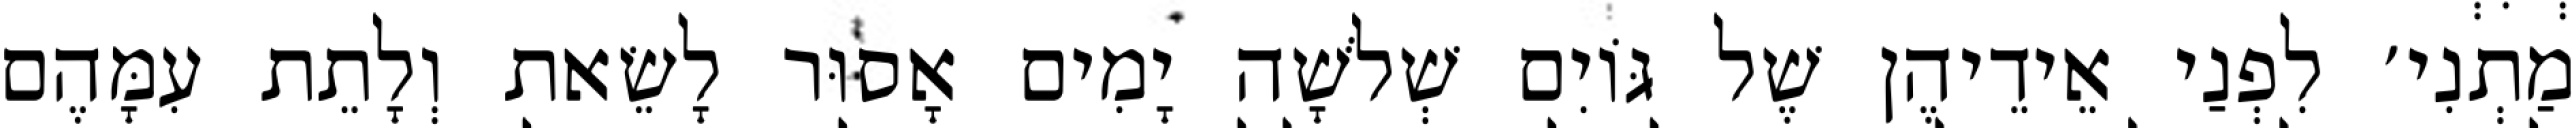
מַתְנִי׳ לִפְנַי אֵידֵיהֶן שֶׁל גּוֹיִם שְׁלֹשָׁה יָמִים אָסוּר לָשֵׂאת וְלָתֵת עִמָּהֶם